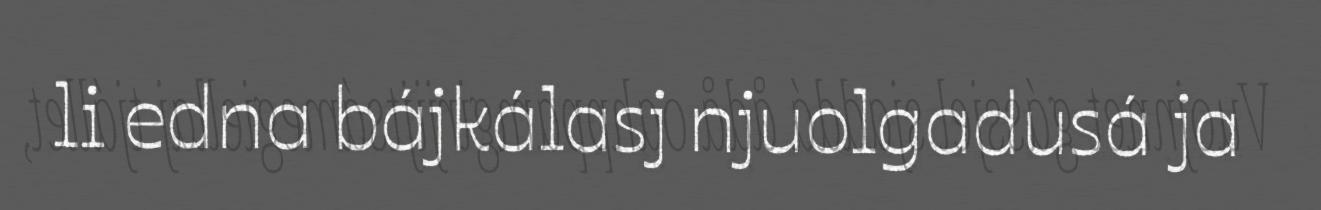
li edna bájkálasj njuolgadusá ja